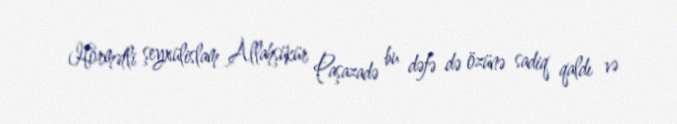
Hörmətli şeyxülislam Allahşükür Paşazadə bu dəfə də özünə sadiq qaldı və